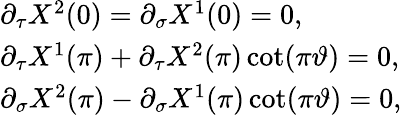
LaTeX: \begin{array}{l}{{\partial_{\tau}X^{2}(0)=\partial_{\sigma}X^{1}(0)=0,}}\\ {{\partial_{\tau}X^{1}(\pi)+\partial_{\tau}X^{2}(\pi)\cot(\pi\vartheta)=0,}}\\ {{\partial_{\sigma}X^{2}(\pi)-\partial_{\sigma}X^{1}(\pi)\cot(\pi\vartheta)=0,}}\end{array}